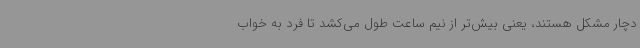
دچار مشکل هستند، یعنی بیش‌تر از نیم ساعت طول می‌کشد تا فرد به‌ خواب